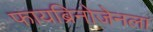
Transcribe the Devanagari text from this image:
फायब्रिनोजेनला